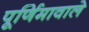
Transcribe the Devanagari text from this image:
पूर्णिमावाले